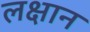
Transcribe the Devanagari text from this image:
लक्षान